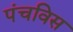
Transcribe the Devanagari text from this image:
पंचविस